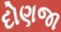
દોણજા